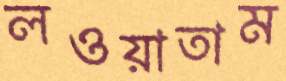
লওয়াতাম